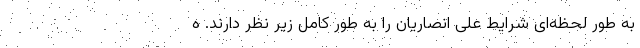
به طور لحظه‌ای شرایط علی انصاریان را به طور کامل زیر نظر دارند. ه